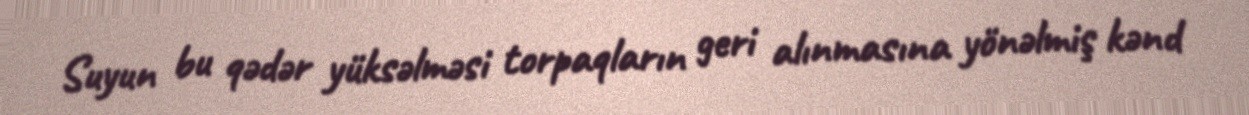
Suyun bu qədər yüksəlməsi torpaqların geri alınmasına yönəlmiş kənd